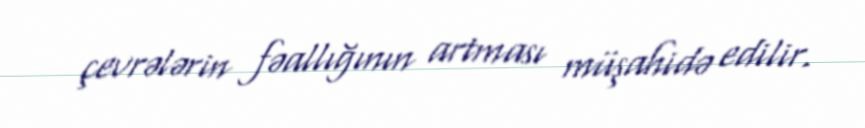
çevrələrin fəallığının artması müşahidə edilir.